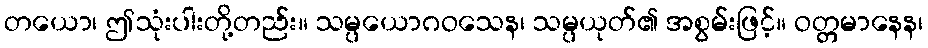
တယော၊ ဤသုံးပါးတို့တည်း။ သမ္ပယောဂဝသေန၊ သမ္ပယုတ်၏ အစွမ်းဖြင့်။ ဝတ္တမာနေန၊